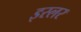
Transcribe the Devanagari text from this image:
इस्लर